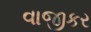
વાજીકર